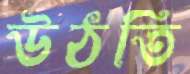
উঠতি